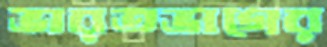
ভারতভাগের